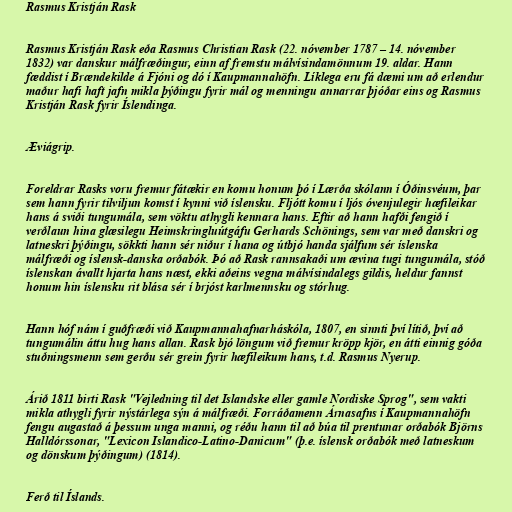
Rasmus Kristján Rask

Rasmus Kristján Rask eða Rasmus Christian Rask (22. nóvember 1787 – 14. nóvember
1832) var danskur málfræðingur, einn af fremstu málvísindamönnum 19. aldar. Hann
fæddist í Brændekilde á Fjóni og dó í Kaupmannahöfn. Líklega eru fá dæmi um að erlendur
maður hafi haft jafn mikla þýðingu fyrir mál og menningu annarrar þjóðar eins og Rasmus
Kristján Rask fyrir Íslendinga.

Æviágrip.

Foreldrar Rasks voru fremur fátækir en komu honum þó í Lærða skólann í Óðinsvéum, þar
sem hann fyrir tilviljun komst í kynni við íslensku. Fljótt komu í ljós óvenjulegir hæfileikar
hans á sviði tungumála, sem vöktu athygli kennara hans. Eftir að hann hafði fengið í
verðlaun hina glæsilegu Heimskringluútgáfu Gerhards Schönings, sem var með danskri og
latneskri þýðingu, sökkti hann sér niður í hana og útbjó handa sjálfum sér íslenska
málfræði og íslensk-danska orðabók. Þó að Rask rannsakaði um ævina tugi tungumála, stóð
íslenskan ávallt hjarta hans næst, ekki aðeins vegna málvísindalegs gildis, heldur fannst
honum hin íslensku rit blása sér í brjóst karlmennsku og stórhug.

Hann hóf nám í guðfræði við Kaupmannahafnarháskóla, 1807, en sinnti því lítið, því að
tungumálin áttu hug hans allan. Rask bjó löngum við fremur kröpp kjör, en átti einnig góða
stuðningsmenn sem gerðu sér grein fyrir hæfileikum hans, t.d. Rasmus Nyerup.

Árið 1811 birti Rask "Vejledning til det Islandske eller gamle Nordiske Sprog", sem vakti
mikla athygli fyrir nýstárlega sýn á málfræði. Forráðamenn Árnasafns í Kaupmannahöfn
fengu augastað á þessum unga manni, og réðu hann til að búa til prentunar orðabók Björns
Halldórssonar, "Lexicon Islandico-Latino-Danicum" (þ.e. íslensk orðabók með latneskum
og dönskum þýðingum) (1814).

Ferð til Íslands.